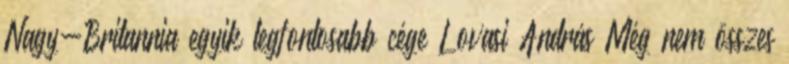
Nagy-Britannia egyik legfontosabb cége Lovasi András Még nem összes